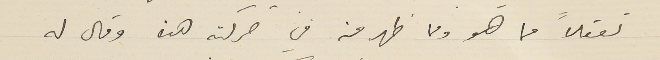
تعقلاً مما هو ومما ظهر منه في حركته هذه وقال له